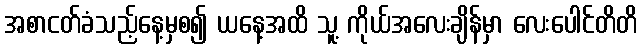
အစာငတ်ခံသည့်နေ့မှစ၍ ယနေ့အထိ သူ့ ကိုယ်အလေးချိန်မှာ လေးပေါင်တိတိ